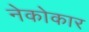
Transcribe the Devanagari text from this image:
नेकोकार